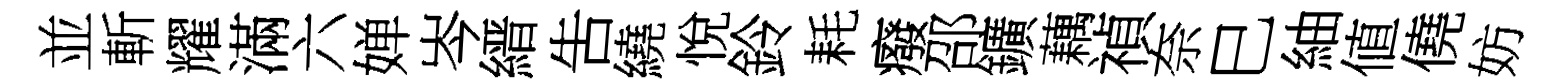
並斬耀滿六婵岑縉吿繞悅鈴耗癈邵鑛藕禎奈巳紬値僥妨